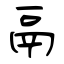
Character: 鬲